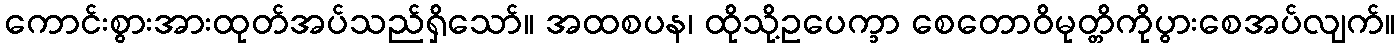
ကောင်းစွားအားထုတ်အပ်သည်ရှိသော်။ အထစပန၊ ထိုသို့ဥပေက္ခာ စေတောဝိမုတ္တိကိုပွားစေအပ်လျက်။